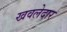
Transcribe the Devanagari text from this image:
खवलेदार